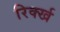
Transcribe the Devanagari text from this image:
रिर्क्ख